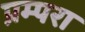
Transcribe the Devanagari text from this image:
प्रम्परा